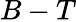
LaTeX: B-T